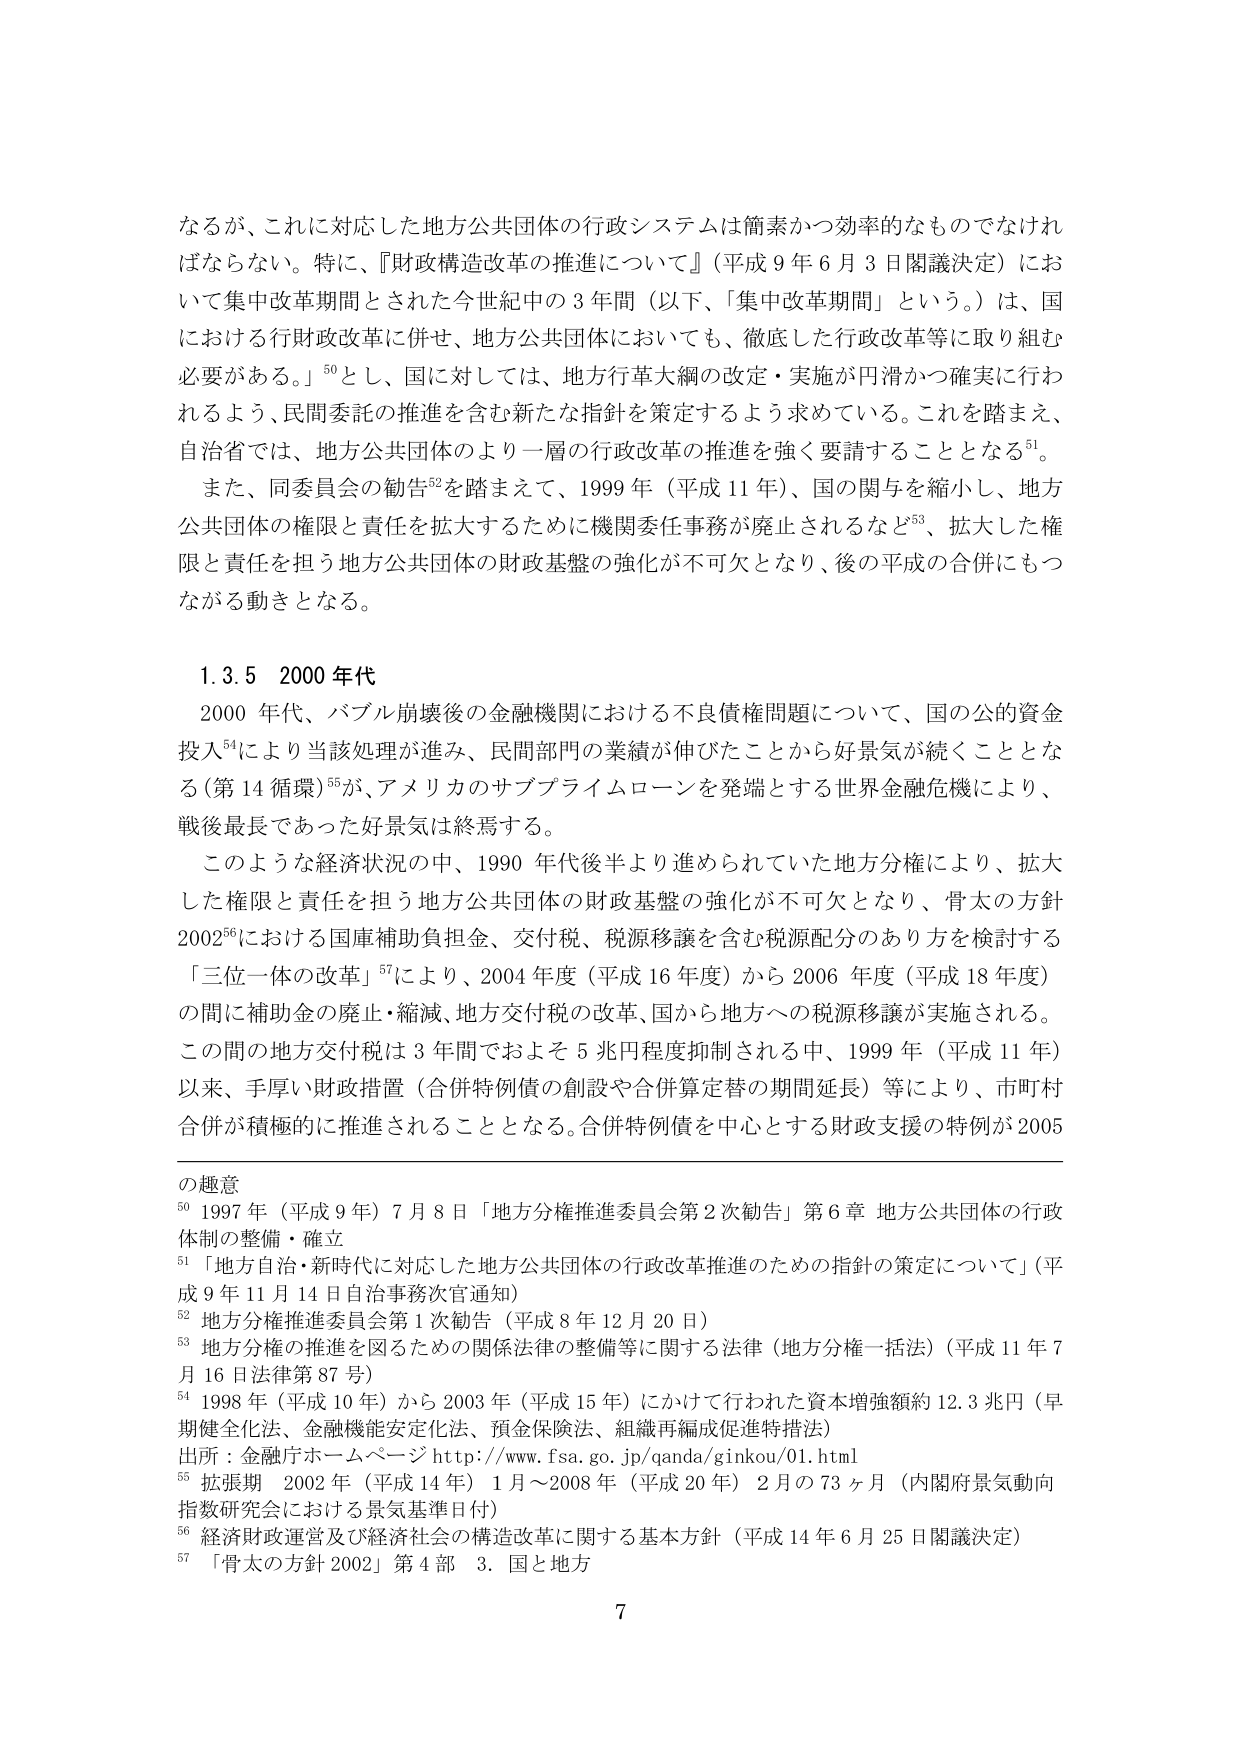
なるが、これに対応した地方公共団体の行政システムは簡素かつ効率的なものでなければならない。特に、『財政構造改革の推進について』（平成９年６月３日閣議決定）において集中改革期間とされた今世紀中の３年間（以下、「集中改革期間」という。）は、国における行財政改革に併せ、地方公共団体においても、徹底した行政改革等に取り組む必要がある。」⁵⁰とし、国に対しては、地方行革大綱の改定・実施が円滑かつ確実に行われるよう、民間委託の推進を含む新たな指針を策定するよう求めている。これを踏まえ、自治省では、地方公共団体のより一層の行政改革の推進を強く要請することとなる⁵¹。

また、同委員会の勧告⁵²を踏まえて、1999年（平成11年）、国の関与を縮小し、地方公共団体の権限と責任を拡大するために機関委任事務が廃止されるなど⁵³、拡大した権限と責任を担う地方公共団体の財政基盤の強化が不可欠となり、後の平成の合併にもつながる動きとなる。

1.3.5 2000年代

2000年代、バブル崩壊後の金融機関における不良債権問題について、国の公的資金投入⁵⁴により当該処理が進み、民間部門の業績が伸びたことから好景気が続くこととなる（第14循環）⁵⁵が、アメリカのサブプライムローンを発端とする世界金融危機により、戦後最長であった好景気は終焉する。

このような経済状況の中、1990年代後半より進められていた地方分権により、拡大した権限と責任を担う地方公共団体の財政基盤の強化が不可欠となり、骨太の方針2002⁵⁶における国庫補助負担金、交付税、税源移譲を含む税源配分のあり方を検討する「三位一体の改革」⁵⁷により、2004年度（平成16年度）から2006年度（平成18年度）の間に補助金の廃止・縮減、地方交付税の改革、国から地方への税源移譲が実施される。この間の地方交付税は3年間でおよそ5兆円程度抑制される中、1999年（平成11年）以来、手厚い財政措置（合併特例債の創設や合併算定替の期間延長）等により、市町村合併が積極的に推進されることとなる。合併特例債を中心とする財政支援の特例が2005

の趣意

⁵⁰ 1997年（平成9年）7月8日「地方分権推進委員会第2次勧告」第6章 地方公共団体の行政体制の整備・確立

⁵¹ 「地方自治・新時代に対応した地方公共団体の行政改革推進のための指針の策定について」（平成9年11月14日自治事務次官通知）

⁵² 地方分権推進委員会第1次勧告（平成8年12月20日）

⁵³ 地方分権の推進を図るための関係法律の整備等に関する法律（地方分権一括法）（平成11年7月16日法律第87号）

⁵⁴ 1998年（平成10年）から2003年（平成15年）にかけて行われた資本増強額約12.3兆円（早期健全化法、金融機能安定化法、預金保険法、組織再編成促進特措法）
出所：金融庁ホームページ http://www.fsa.go.jp/qanda/ginkou/01.html

⁵⁵ 拡張期 2002年（平成14年）1月～2008年（平成20年）2月の73ヶ月（内閣府景気動向指数研究会における景気基準日付）

⁵⁶ 経済財政運営及び経済社会の構造改革に関する基本方針（平成14年6月25日閣議決定）

⁵⁷ 「骨太の方針2002」第4部 3. 国と地方

7